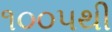
૧૦૦૫થી